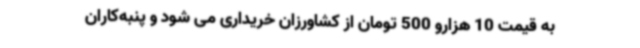
به قیمت 10 هزارو 500 تومان از کشاورزان خریداری می شود و پنبه‌کاران